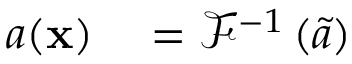
\begin{array} { r l } { a ( \mathbf { x } ) } & { { } = \mathcal { F } ^ { - 1 } \left( \tilde { a } \right) } \end{array}